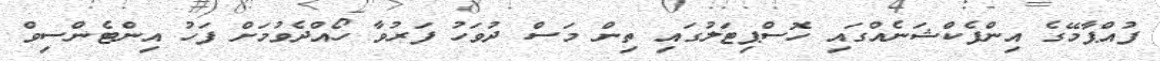
ފުއްޕާމޭގެ އިންފެކްޝަނެއްގައި ހޮސްޕިޓަލުގައި ތިން މަސް ދުވަހު ފަރުވާ ހޯއްދެވުމަށް ފަހު އިންޓެންސިވް